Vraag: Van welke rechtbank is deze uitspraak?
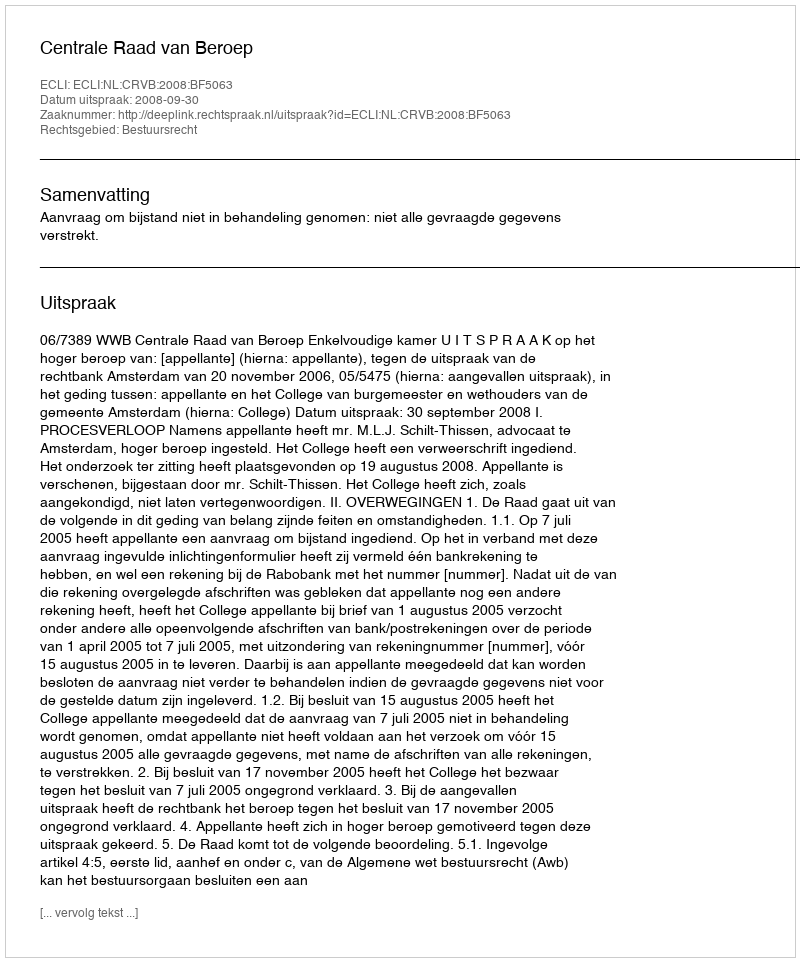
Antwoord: Centrale Raad van Beroep